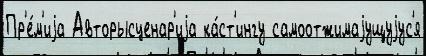
Пр'е́м'иjа Авторысценар'иjа ка́ст'ингу самоотжимаjущуjус'я